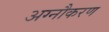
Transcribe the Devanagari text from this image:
अग्नौकरण